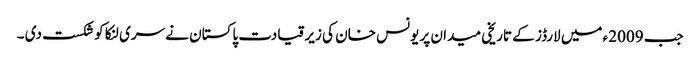
جب 2009ء میں لارڈز کے تاریخی میدان پر یونس خان کی زیر قیادت پاکستان نے سری لنکا کو شکست دی ۔